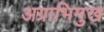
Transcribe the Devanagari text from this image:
अग्राभिमुख